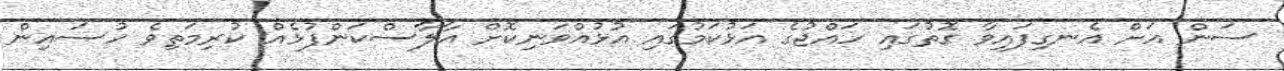
ސަން އަށް އެނގިފައިވާ ގޮތުގައި ހައްޖުގެ އަޅުކަމުގައި އުޅުއްވަނިކޮށް އާލާސްކަންފުޅެއް ކުރިމަތިވެ ހުސައިން